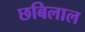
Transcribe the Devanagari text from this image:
छबिलाल